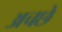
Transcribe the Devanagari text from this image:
अचछे